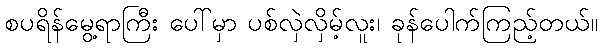
စပရိန်မွေ့ရာကြီး ပေါ်မှာ ပစ်လှဲလှိမ့်လူး၊ ခုန်ပေါက်ကြည့်တယ်။